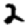
Digit: 2